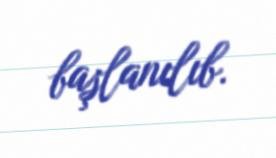
başlanılıb.